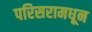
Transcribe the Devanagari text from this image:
परिसरामधून